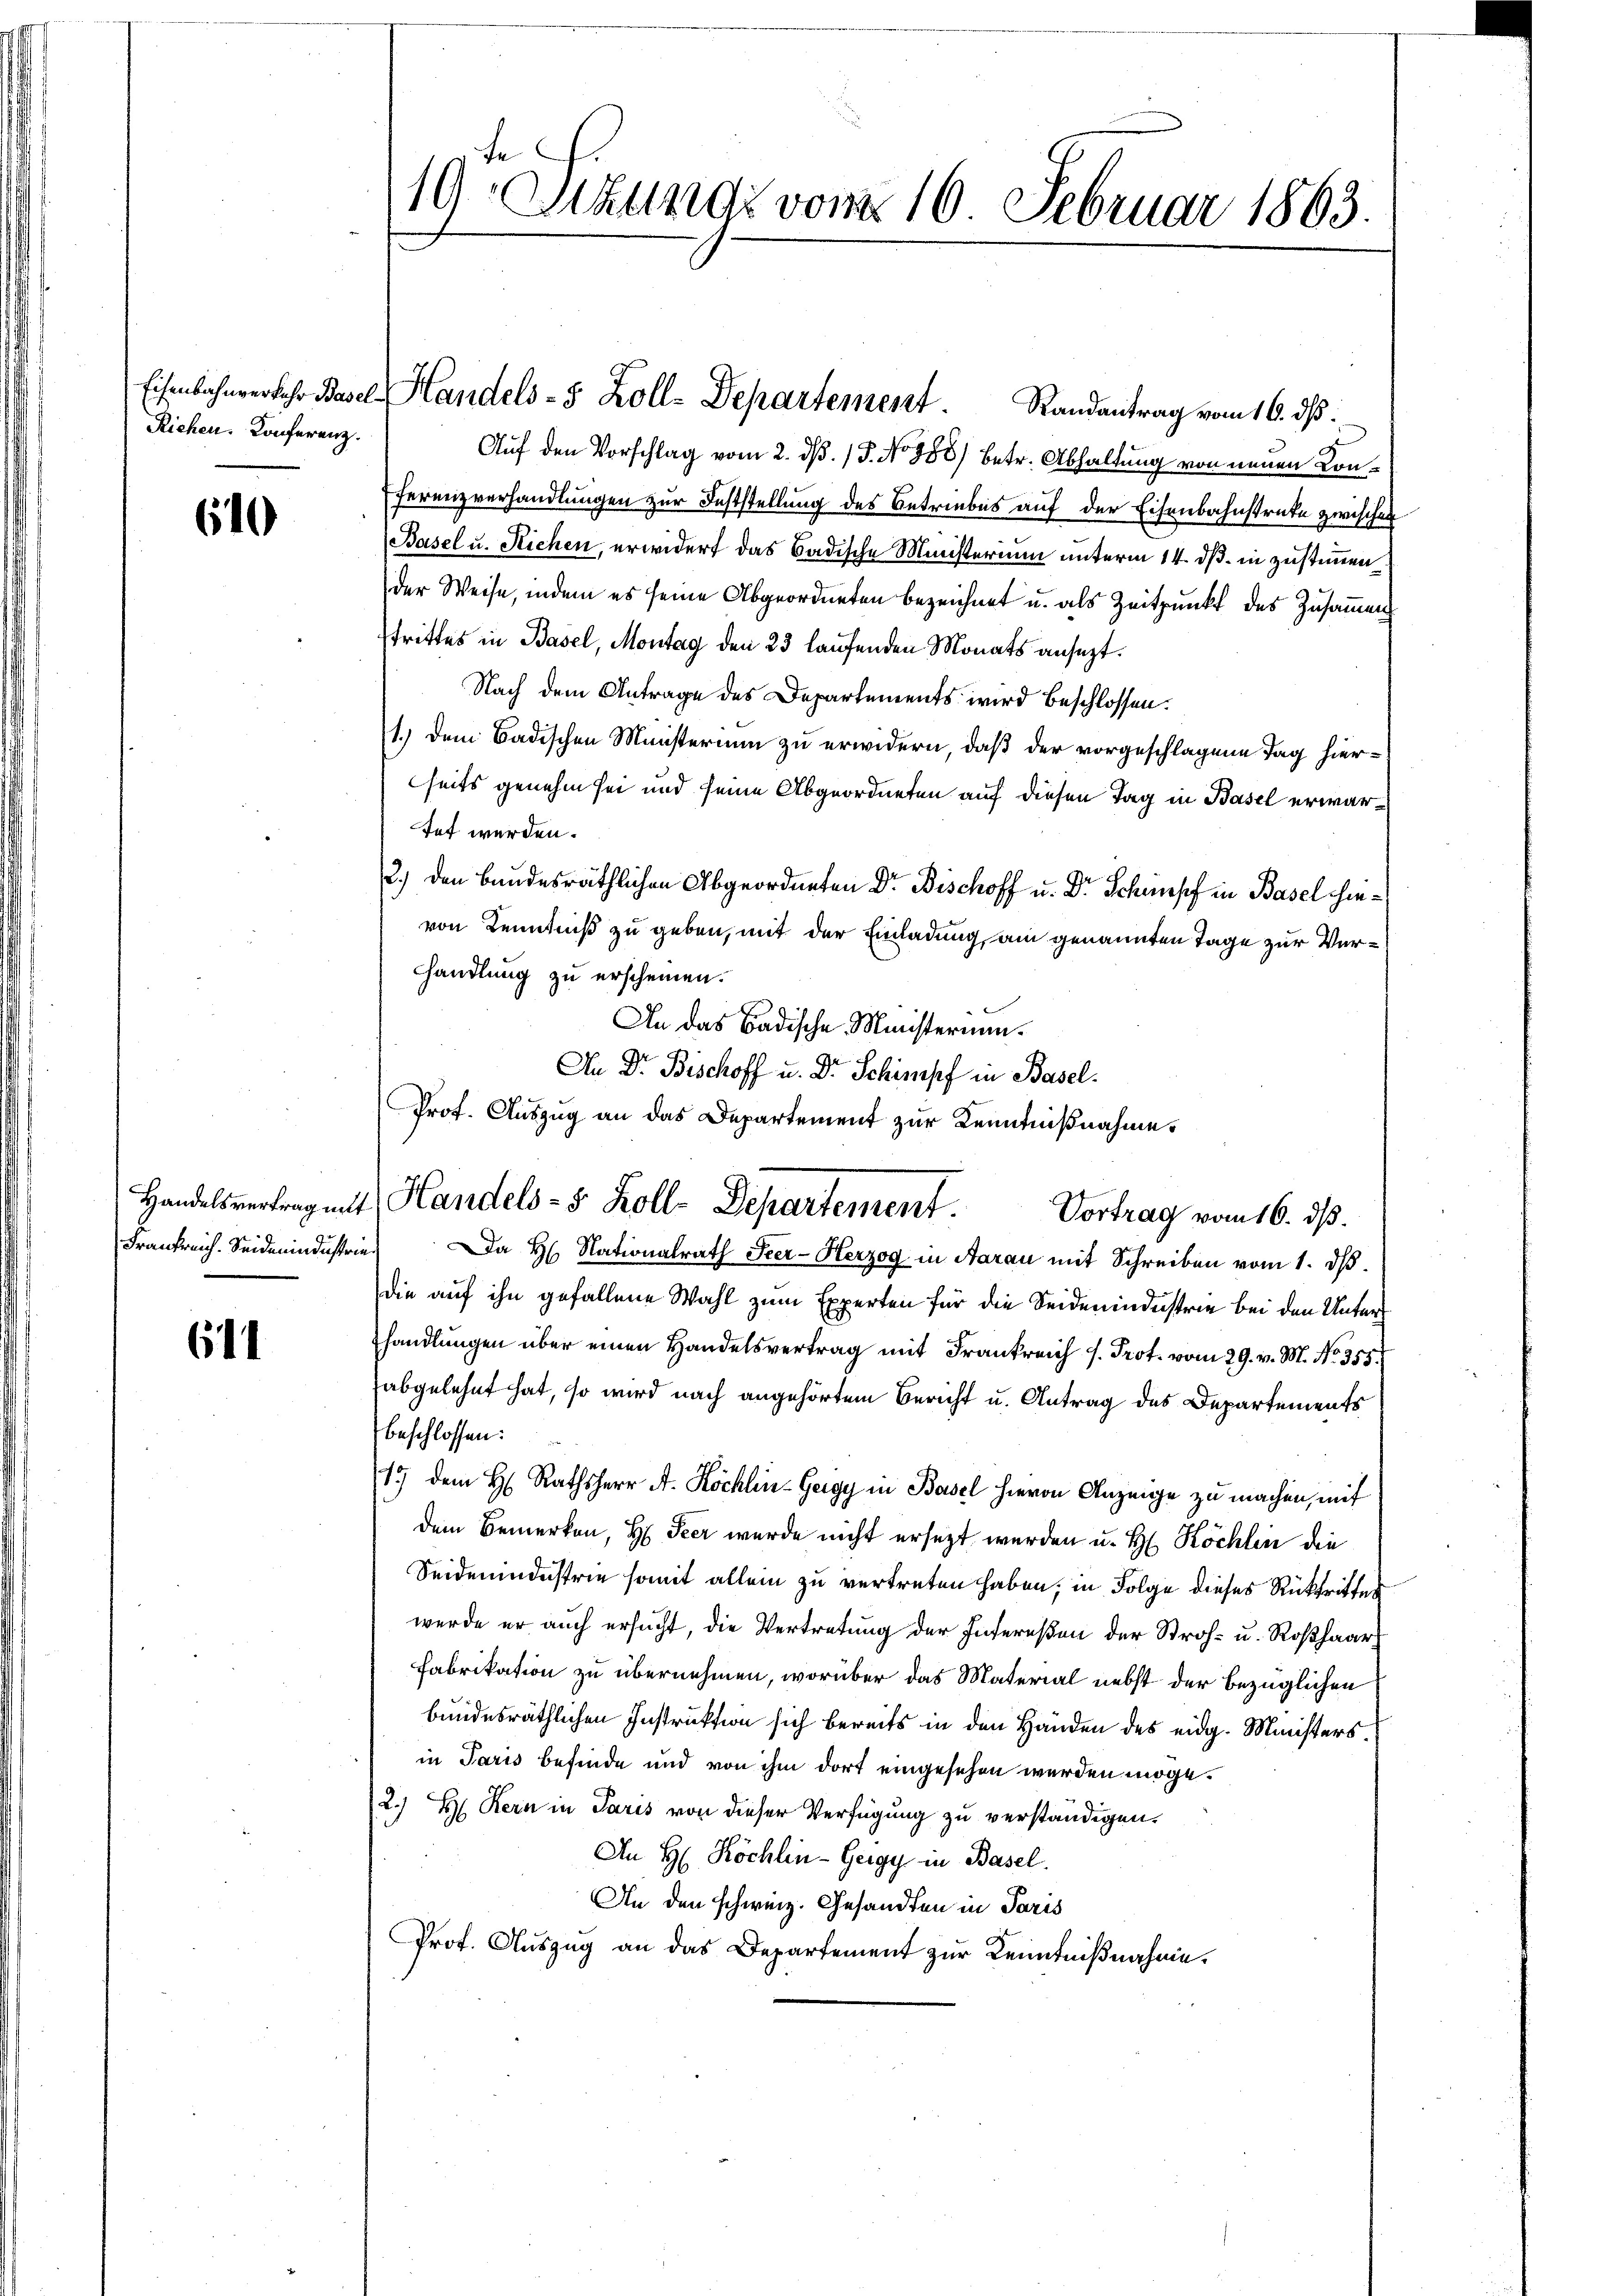
Richen. Konferenz.

610

Handelsvertrag mit
Frankreich. Seidenindustrie

611

19 Stunde vom 16. Februar 1863.

Auf den Vorschlag vom 2. dβ. / 5. No 888) betr. Abhaltung von neuen Konferenzverhandlungen zur Feststellung des Betriebes auf der Eisenbahnstrate zwischen
Basel u. Richen, erwidert das Badische Ministerium unterm 14. dß. in zustimmen
der Weise, indem es seine Abgeordneten bezeichnet u. als Zeitpunkt des Zusammen
trittes in Basel, Montag den 23 laufenden Monats ansezt.
Nach dem Antrage des Departements wird beschlossen:
1.) Dem Badischen Ministerium zu erwidern, daß der vorgeschlagene Tag hierseits genehm sei und seine Abgeordneten auf diesen Tag in Basel erwartet werden.
2.) Den Bundesräthlichen Abgeordneten Dr. Bischoff u. Dr Schimpf in Basel hinvon Kenntniß zu geben, mit der Einladung am genannten Tage zur Ver¬
Handlung zu erscheinen.
An das Badische Ministerium.
An Dr. Bischoff u. Dr Schimpf in Basel¬
Prof. Auszug an das Departement zur Kenntnißnahme.

Eisenbahnverkehr Basel, Handels- 5 Zoll-Departement. Randantrag vom 16. ds.

Handels- u. Koll-Departement.
Vortrag vom 16. ds.

Da H. Nationalrath Seer- Herzog in Aarau mit Schreiben vom 1. dß.
die auf ihn gefallene Wahl zum Experten für die Seidenindustrie bei den Unter¬
Ehandlungen über einen Handelsvertrag mit Frankreich s. Prot. vom 29. v. M. No. 355.
abgelehnt hat, so wird nach angehörtem Bericht u. Antrag des Departements
beschlossen:
1) dem H. Rathsherr A. Köchlin-Gergy in Basel hievon Anzeige zu machen, mit
dem Bemerken, H. Peer wurde nicht ersetzt werden u. H Köchlin die
Seidenindustrie somit allein zu vertreten haben, in Folge dieses Rücktritter
werde er auch ersucht, die Vertretung der Intereßen der Stroh- u. Roßhaar¬
Fabrikation zu übernehmen, worüber das Material nebst der bezüglichen
bundesräthlichen Instruktion sich bereits in den Händen des eidg. Ministers.
in Paris befinde und von ihm dort eingesehen werden möge.
2.) Hs. Kern in Paris von dieser Verfügung zu verständigen.
An H Köchlin-Gergy in Basel.
An den schweiz. Gesandten in Paris
Prof. Auszug an das Departement zur Kenntnißnahme.